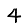
Digit: 4